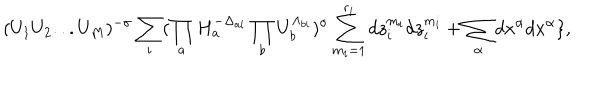
( U _ { 1 } U _ { 2 } . . . U _ { M } ) ^ { - \sigma } \sum _ { i } ( \prod _ { a } H _ { a } ^ { - \Delta _ { a i } } \prod _ { b } U _ { b } ^ { \Lambda _ { b i } } ) ^ { \sigma } \sum _ { m _ { i } = 1 } ^ { r _ { i } } d z _ { i } ^ { m _ { i } } d z _ { i } ^ { m _ { i } } + \sum _ { \alpha } d x ^ { \alpha } d x ^ { \alpha } \} ,